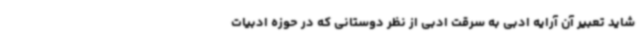
شاید تعبیر آن آرایه ادبی به سرقت ادبی از نظر دوستانی که در حوزه ادبیات